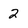
Character: 2